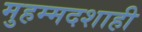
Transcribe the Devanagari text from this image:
मुहम्मदशाही